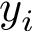
y _ { i }